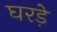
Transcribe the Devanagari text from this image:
घरड़े